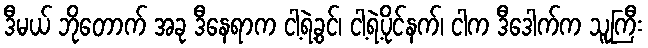
ဒီမယ် ဘိုတောက် အခု ဒီနေရာက ငါ့ရဲ့ခွင်၊ ငါ့ရဲ့ပိုင်နက်၊ ငါက ဒီဒေါက်က သူကြီး